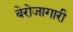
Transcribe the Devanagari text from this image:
बेरोजागारी